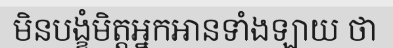
មិនបង្ខំមិត្តអ្នកអានទាំងឡាយ ថា